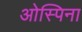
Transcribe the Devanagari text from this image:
ओस्पिना